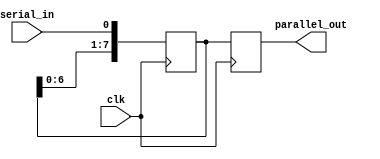
module serial_in_parallel_out_register (
    input clk,     // Clock input
    input serial_in,  // Serial data input
    output reg [7:0] parallel_out // Parallel data output
);

reg [7:0] reg_data; // Data storage register

always @(posedge clk) begin
    reg_data <= {reg_data[6:0], serial_in}; // Shift data in
    parallel_out <= reg_data; // Output parallel data
end

endmodule